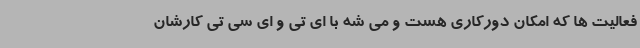
فعالیت ها که امکان دورکاری هست و می شه با ای تی و ای سی تی کارشان